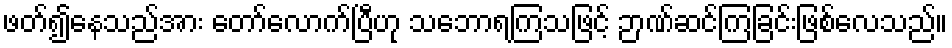
ဖတ်၍နေသည်အား တော်လောက်ပြီဟု သဘောရကြသဖြင့် ဉာဏ်ဆင်ကြခြင်းဖြစ်လေသည်။